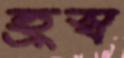
হ্রস্ব